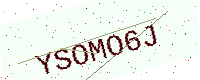
Text: YSOMO6J